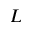
L